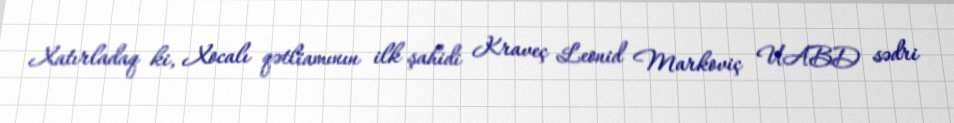
Xatırladaq ki, Xocalı qətliamının ilk şahidi Kraveç Leonid Markoviç UABD sədri